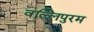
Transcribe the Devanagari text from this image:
वल्लिपुरम